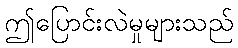
ဤပြောင်းလဲမှုများသည်